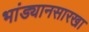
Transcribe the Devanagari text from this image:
भांड्यानसारखा